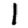
Digit: 1